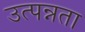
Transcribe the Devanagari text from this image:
उत्पन्नता